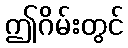
ဤဂိမ်းတွင်